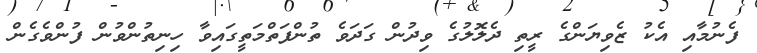
ފެނުމާއި އެކު ޒެވިޔަންގެ ރީތި ދެލޮލުގެ ވިދުން ގަދަވެ ތުންފަތްމަތީގައިވާ ހިނިތުންވުން ފުންވެގެން